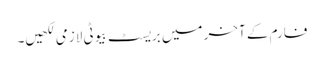
فارم کے آخر میں بریسٹ بیوٹی لازمی لکھیں۔